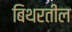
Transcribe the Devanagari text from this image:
बिथरतील